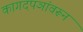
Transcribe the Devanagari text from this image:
कागदपञांवरून